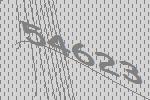
54623